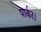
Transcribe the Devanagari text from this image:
पार्कर।